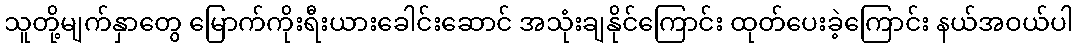
သူတို့မျက်နှာတွေ မြောက်ကိုးရီးယားခေါင်းဆောင် အသုံးချနိုင်ကြောင်း ထုတ်ပေးခဲ့ကြောင်း နယ်အဝယ်ပါ